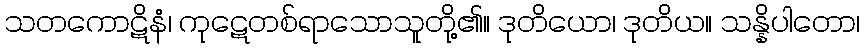
သတကောဋိနံ၊ ကုဋေတစ်ရာသောသူတို့၏။ ဒုတိယော၊ ဒုတိယ။ သန္နိပါတော၊